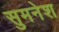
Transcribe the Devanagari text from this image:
सुमनेश